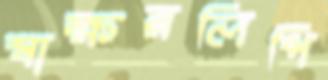
স্বাক্ষরলিপি